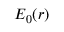
E _ { 0 } ( r )